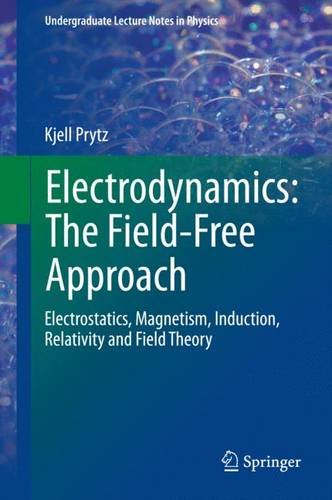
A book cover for Electrodynamics: The Field-Free Approach: Electrostatics, Magnetism, Induction, Relativity and Field Theory (Undergraduate Lecture Notes in Physics); Kjell Prytz; Science & Math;